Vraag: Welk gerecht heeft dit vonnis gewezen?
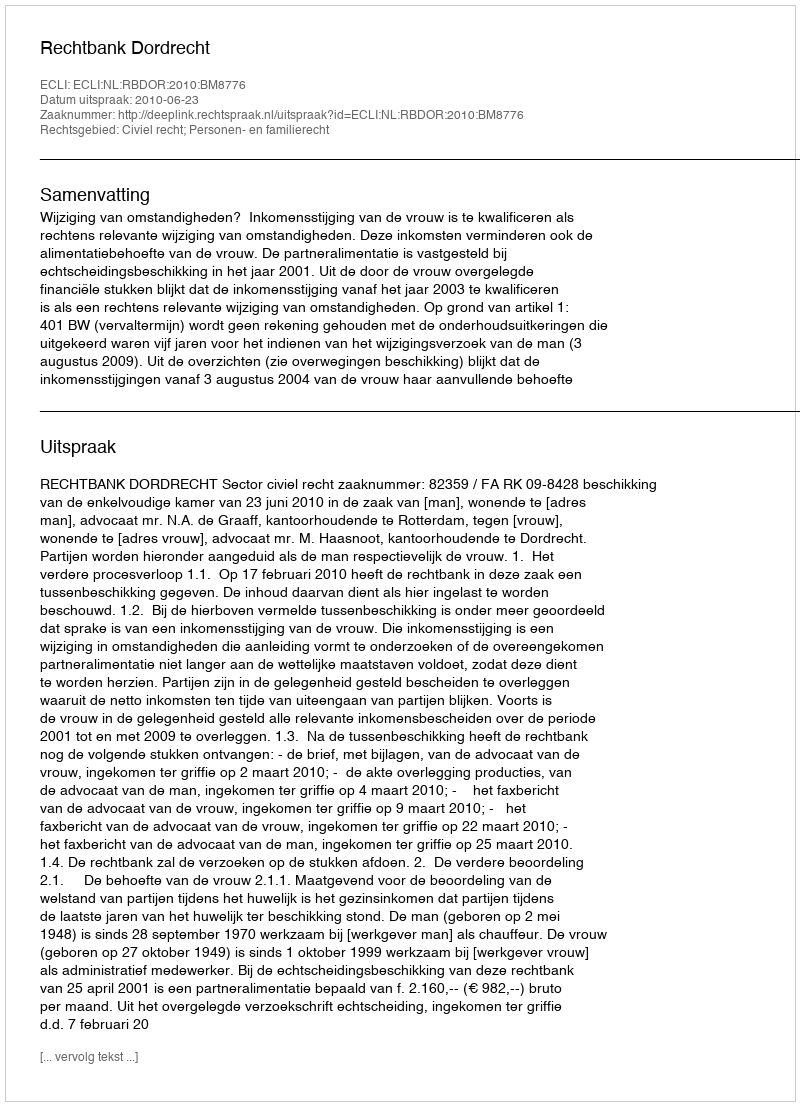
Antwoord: Rechtbank Dordrecht